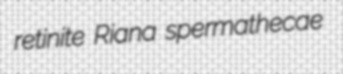
retinite Riana spermathecae